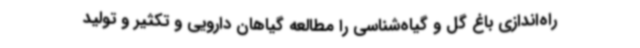
راه‌اندازی باغ گل و گیاه‌شناسی را مطالعه گیاهان دارویی و تکثیر و تولید